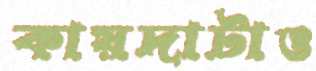
কায়দাটাও